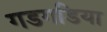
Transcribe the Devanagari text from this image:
गडगडिया